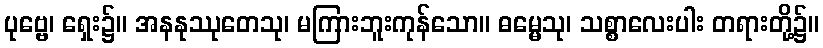
ပုဗ္ဗေ၊ ရှေး၌။ အနနုဿုတေသု၊ မကြားဘူးကုန်သော။ ဓမ္မေသု၊ သစ္စာလေးပါး တရားတို့၌။